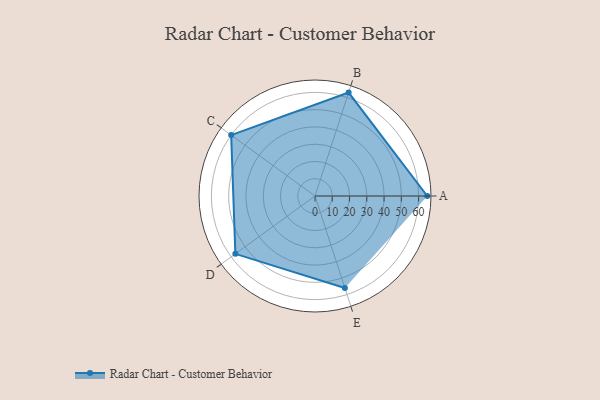
{"axis": {"x": "Skill", "y": "Score"}, "legend": ["Profile"], "data": [{"x": "A", "y": 65.0, "type": "Profile"}, {"x": "B", "y": 63.0, "type": "Profile"}, {"x": "C", "y": 60.0, "type": "Profile"}, {"x": "D", "y": 57.0, "type": "Profile"}, {"x": "E", "y": 56.0, "type": "Profile"}]}